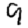
Digit: 9